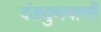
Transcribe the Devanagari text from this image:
दंडयुथपाणी